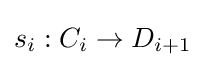
s_{i}:C_{i}\to D_{i+1}